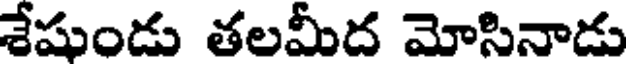
శేషుండు తలమీద మోసినాడు